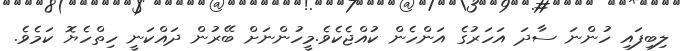
ލިބިފައި ހުންނަ ސާދަ އަހަރުގެ އަންހެން ކުއްޖެކެވެ.މީހުންނަށް ބޭރުން ދައްކަނީ ހިތްހެޔޮ ކަމެވެ.